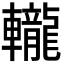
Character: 𨏠